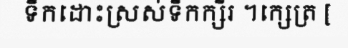
ទឹកដោះស្រស់ទឹកក្សីរ ។ក្សេត្រ [